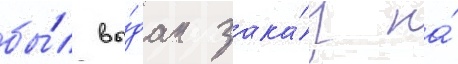
бы́л вы́дан зака́з на́